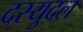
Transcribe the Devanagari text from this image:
दस्युदल